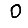
Digit: 0